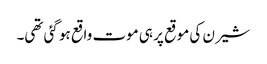
شیرن کی موقع پر ہی موت واقع ہو گئی تھی۔